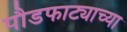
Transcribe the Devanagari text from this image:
पौडफाट्याच्या